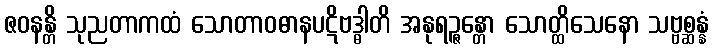
ဇဝနန္တိ သုညတာကထံ သောတာဝဓာနပဋိဗဒ္ဓါတိ အနုရဉ္ဇန္တော သောတ္ထိသေနော သဗ္ဗစ္ဆန္နံ